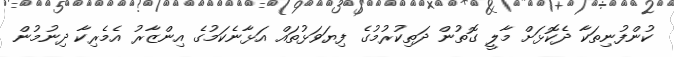
ކުންފުނިތަކާ ދެކޮޅަށް މާލީ ގޮތުން ދަތިކުރުމުގެ ފިޔަވަޅުތައް އަޅާނެކަމުގެ އިންޒާރު އެމެރިކާ ދިނުމުން